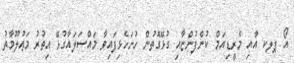
އޯ ޕލކ އާއި މެރީޑިއަމް ކުންފުންޏާއި ގުޅޭގޮތުން ހުށަހެޅިފައިވާ މައްސަލައާގުޅޭ އިތުރު މަޢުލޫމާތު